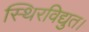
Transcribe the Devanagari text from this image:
स्थिरविद्युत।